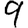
Digit: 9